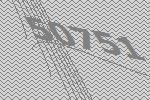
50751